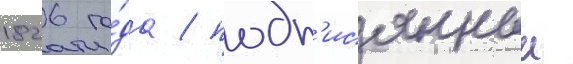
1826 го́да / подп'исанныи